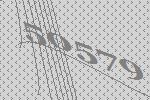
50579